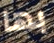
بها